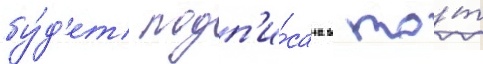
бу́д'ет подп'и́сана в то́т